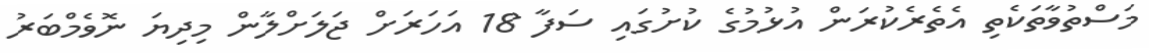
މަސްތުވާތަކެތި އެތެރެކުރަން އުޅުމުގެ ކުށުގައި ސަފާ 18 އަހަރަށް ޖަލަށްލާން މިދިޔަ ނޮވެމްބަރު